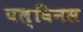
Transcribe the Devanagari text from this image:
पल्विनस